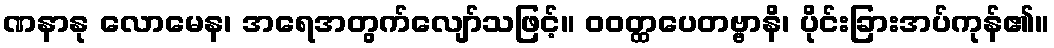
ဏနာနု လောမေန၊ အရေအတွက်လျော်သဖြင့်။ ဝဝတ္ထပေတဗ္ဗာနိ၊ ပိုင်းခြားအပ်ကုန်၏။